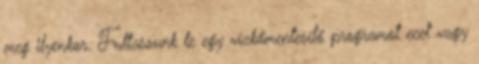
meg ilyenkor. Futtassunk le egy vízkőmentesítő programot ecet vagy